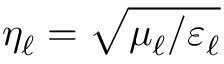
\eta _ { \ell } = \sqrt { \mu _ { \ell } / \varepsilon _ { \ell } }